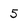
Character: 5